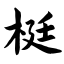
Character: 梃